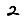
Digit: 2